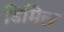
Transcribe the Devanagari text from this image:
डिमिल